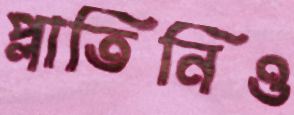
প্লাতিনিও